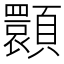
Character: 𩕪